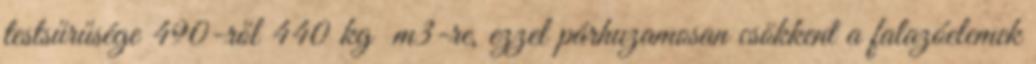
testsűrűsége 490-ről 440 kg m3-re, ezzel párhuzamosan csökkent a falazóelemek